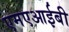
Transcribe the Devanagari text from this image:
एमएआईबी